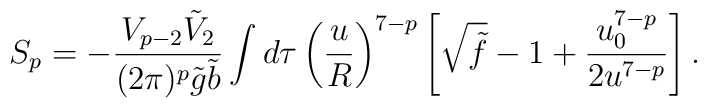
S_p=-\frac{V_{p-2}\tilde{V}_2}{(2\pi)^p\tilde{g}\tilde{b}}\int d\tau  \left(\frac{u}{R}\right)^{7-p}\left[\sqrt{\tilde{f}}-1+    \frac{u_0^{7-p}}{2u^{7-p}}\right].